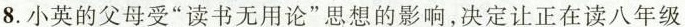
8.小英的父母受”读书无用论”思想的影响，决定让正在读八年级